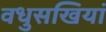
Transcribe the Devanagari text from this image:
वधुसखियां